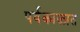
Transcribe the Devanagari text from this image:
पर्वकाळात